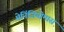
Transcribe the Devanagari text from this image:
मेनिंजियोमास